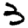
Digit: 3